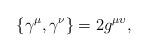
LaTeX: \begin{align*}\{\gamma ^{\mu },\gamma ^{\nu }\}=2g^{\mu \upsilon }, \end{align*}